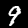
Label: 9